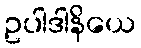
ဥပါဒါနိယေ